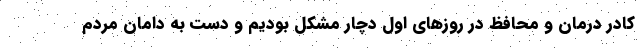
کادر درمان و محافظ در روزهای اول دچار مشکل بودیم و دست به دامان مردم